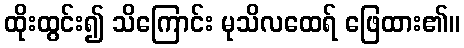
ထိုးထွင်း၍ သိကြောင်း မုသိလထေရ် ဖြေထား၏။